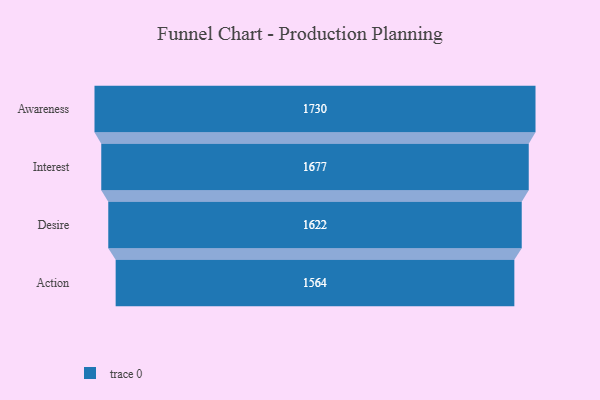
{"axis": {"x": "Stage", "y": "Value"}, "legend": [""], "data": [{"x": "Awareness", "y": 1730.0, "type": ""}, {"x": "Interest", "y": 1677.0, "type": ""}, {"x": "Desire", "y": 1622.0, "type": ""}, {"x": "Action", "y": 1564.0, "type": ""}]}